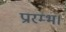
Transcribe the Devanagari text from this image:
प्रारम्‍भ।